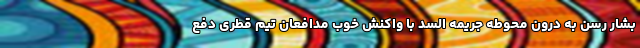
بشار رسن به درون محوطه جریمه السد با واکنش خوب مدافعان تیم قطری دفع